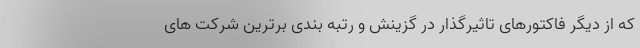
که از دیگر فاکتورهای تاثیرگذار در گزینش و رتبه بندی برترین شرکت های